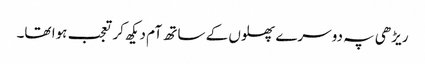
ریڑھی پہ دوسرے پھلوں کے ساتھ آم دیکھ کر تعجب ہوا تھا۔